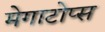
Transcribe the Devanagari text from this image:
मेगाटोप्स